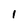
Character: 1